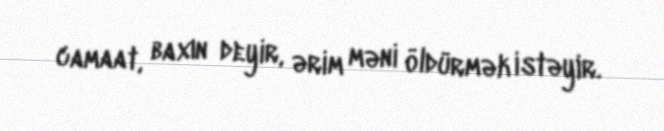
camaat, baxın deyir, ərim məni öldürmək istəyir.